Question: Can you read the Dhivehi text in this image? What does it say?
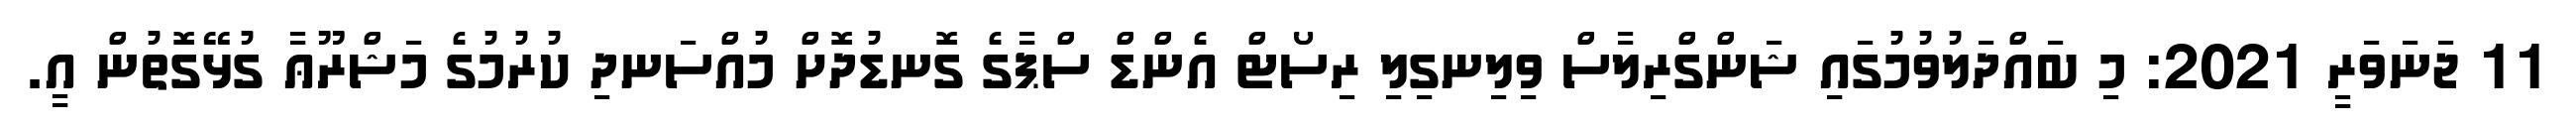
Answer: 11 ޖަނަވަރީ 2021: މި ބައްދަލުވުމުގައި ޝަންގްރިލާސް ވިލިނގިލި ރިސޯޓް އެންޑް ސްޕާގެ ގޮނޑުދޮށް މުއްސަނދި ކުރުމުގެ މަޝްރޫޢާ ގުޅޭގޮތުން އީ.